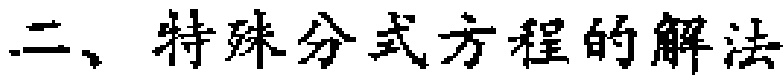
二、特殊分式方程的解法